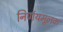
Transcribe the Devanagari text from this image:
निर्णयमूलक